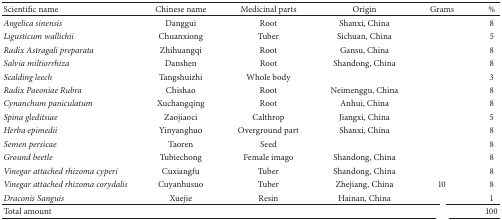
<table><thead><tr><td><b>Scientific name</b></td><td><b>Chinese name</b></td><td><b>Medicinal parts</b></td><td><b>Origin</b></td><td><b>Grams</b></td><td><b>%</b></td></tr></thead><tbody><tr><td><i>Angelica sinensis </i></td><td>Danggui</td><td>Root</td><td>Shanxi, China</td><td>[EMPTY_CELL]</td><td>8</td></tr><tr><td><i>Ligusticum wallichii </i></td><td>Chuanxiong</td><td>Tuber</td><td>Sichuan, China</td><td>[EMPTY_CELL]</td><td>5</td></tr><tr><td><i>Radix Astragali preparata </i></td><td>Zhihuangqi</td><td>Root</td><td>Gansu, China</td><td>[EMPTY_CELL]</td><td>8</td></tr><tr><td><i>Salvia miltiorrhiza </i></td><td>Danshen</td><td>Root</td><td>Shandong, China</td><td>[EMPTY_CELL]</td><td>8</td></tr><tr><td><i>Scalding leech </i></td><td>Tangshuizhi</td><td>Whole body</td><td>[EMPTY_CELL]</td><td>[EMPTY_CELL]</td><td>3</td></tr><tr><td><i>Radix Paeoniae Rubra </i></td><td>Chishao</td><td>Root</td><td>Neimenggu, China</td><td>[EMPTY_CELL]</td><td>8</td></tr><tr><td><i>Cynanchum paniculatum </i></td><td>Xuchangqing</td><td>Root</td><td>Anhui, China</td><td>[EMPTY_CELL]</td><td>8</td></tr><tr><td><i>Spina gleditsiae </i></td><td>Zaojiaoci</td><td>Calthrop</td><td>Jiangxi, China</td><td>[EMPTY_CELL]</td><td>5</td></tr><tr><td><i>Herba epimedii </i></td><td>Yinyanghuo</td><td>Overground part</td><td>Shanxi, China</td><td>[EMPTY_CELL]</td><td>8</td></tr><tr><td><i>Semen persicae </i></td><td>Taoren</td><td>Seed</td><td>[EMPTY_CELL]</td><td>[EMPTY_CELL]</td><td>8</td></tr><tr><td><i>Ground beetle </i></td><td>Tubiechong</td><td>Female imago</td><td>Shandong, China</td><td>[EMPTY_CELL]</td><td>8</td></tr><tr><td><i>Vinegar attached rhizoma cyperi </i></td><td>Cuxiangfu</td><td>Tuber</td><td>Shandong, China</td><td>[EMPTY_CELL]</td><td>8</td></tr><tr><td><i>Vinegar attached rhizoma corydalis </i></td><td>Cuyanhusuo</td><td>Tuber</td><td>Zhejiang, China</td><td>10</td><td>8</td></tr><tr><td><i>Draconis Sanguis </i></td><td>Xuejie</td><td>Resin</td><td>Hainan, China</td><td>[EMPTY_CELL]</td><td>1</td></tr><tr><td>Total amount</td><td>[EMPTY_CELL]</td><td>[EMPTY_CELL]</td><td>[EMPTY_CELL]</td><td>[EMPTY_CELL]</td><td>100</td></tr></tbody></table>